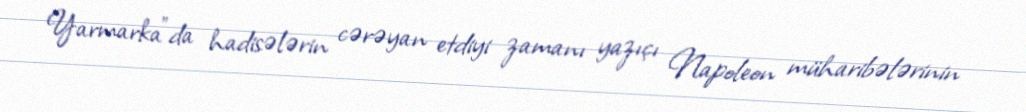
Yarmarka"da hadisələrin cərəyan etdiyi zamanı yazıçı Napoleon müharibələrinin